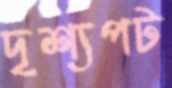
দৃশ্যপট